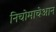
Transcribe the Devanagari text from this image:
निचोमाचेआन